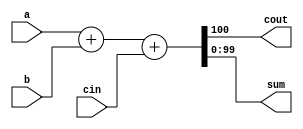
module top_module( 
    input [99:0] a, b,
    input cin,
    output cout,
    output [99:0] sum );

    assign {cout,sum}=a+b+cin;
    // special "Left Value"

endmodule